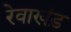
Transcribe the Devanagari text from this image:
रेवाखंड़